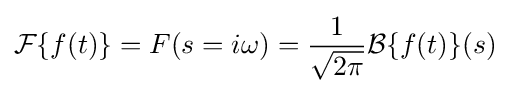
{\mathcal {F}}\{f(t)\}=F(s=i\omega )={\frac {1}{\sqrt {2\pi }}}{\mathcal {B}}\{f(t)\}(s)